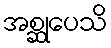
အစ္ဆုပေသိ